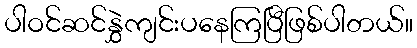
ပါဝင်ဆင်နွှဲကျင်းပနေကြပြီဖြစ်ပါတယ်။